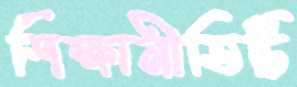
শিক্ষানীতিটি